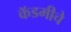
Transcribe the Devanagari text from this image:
कॅडमीचे